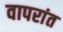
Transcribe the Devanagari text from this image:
वापरांत